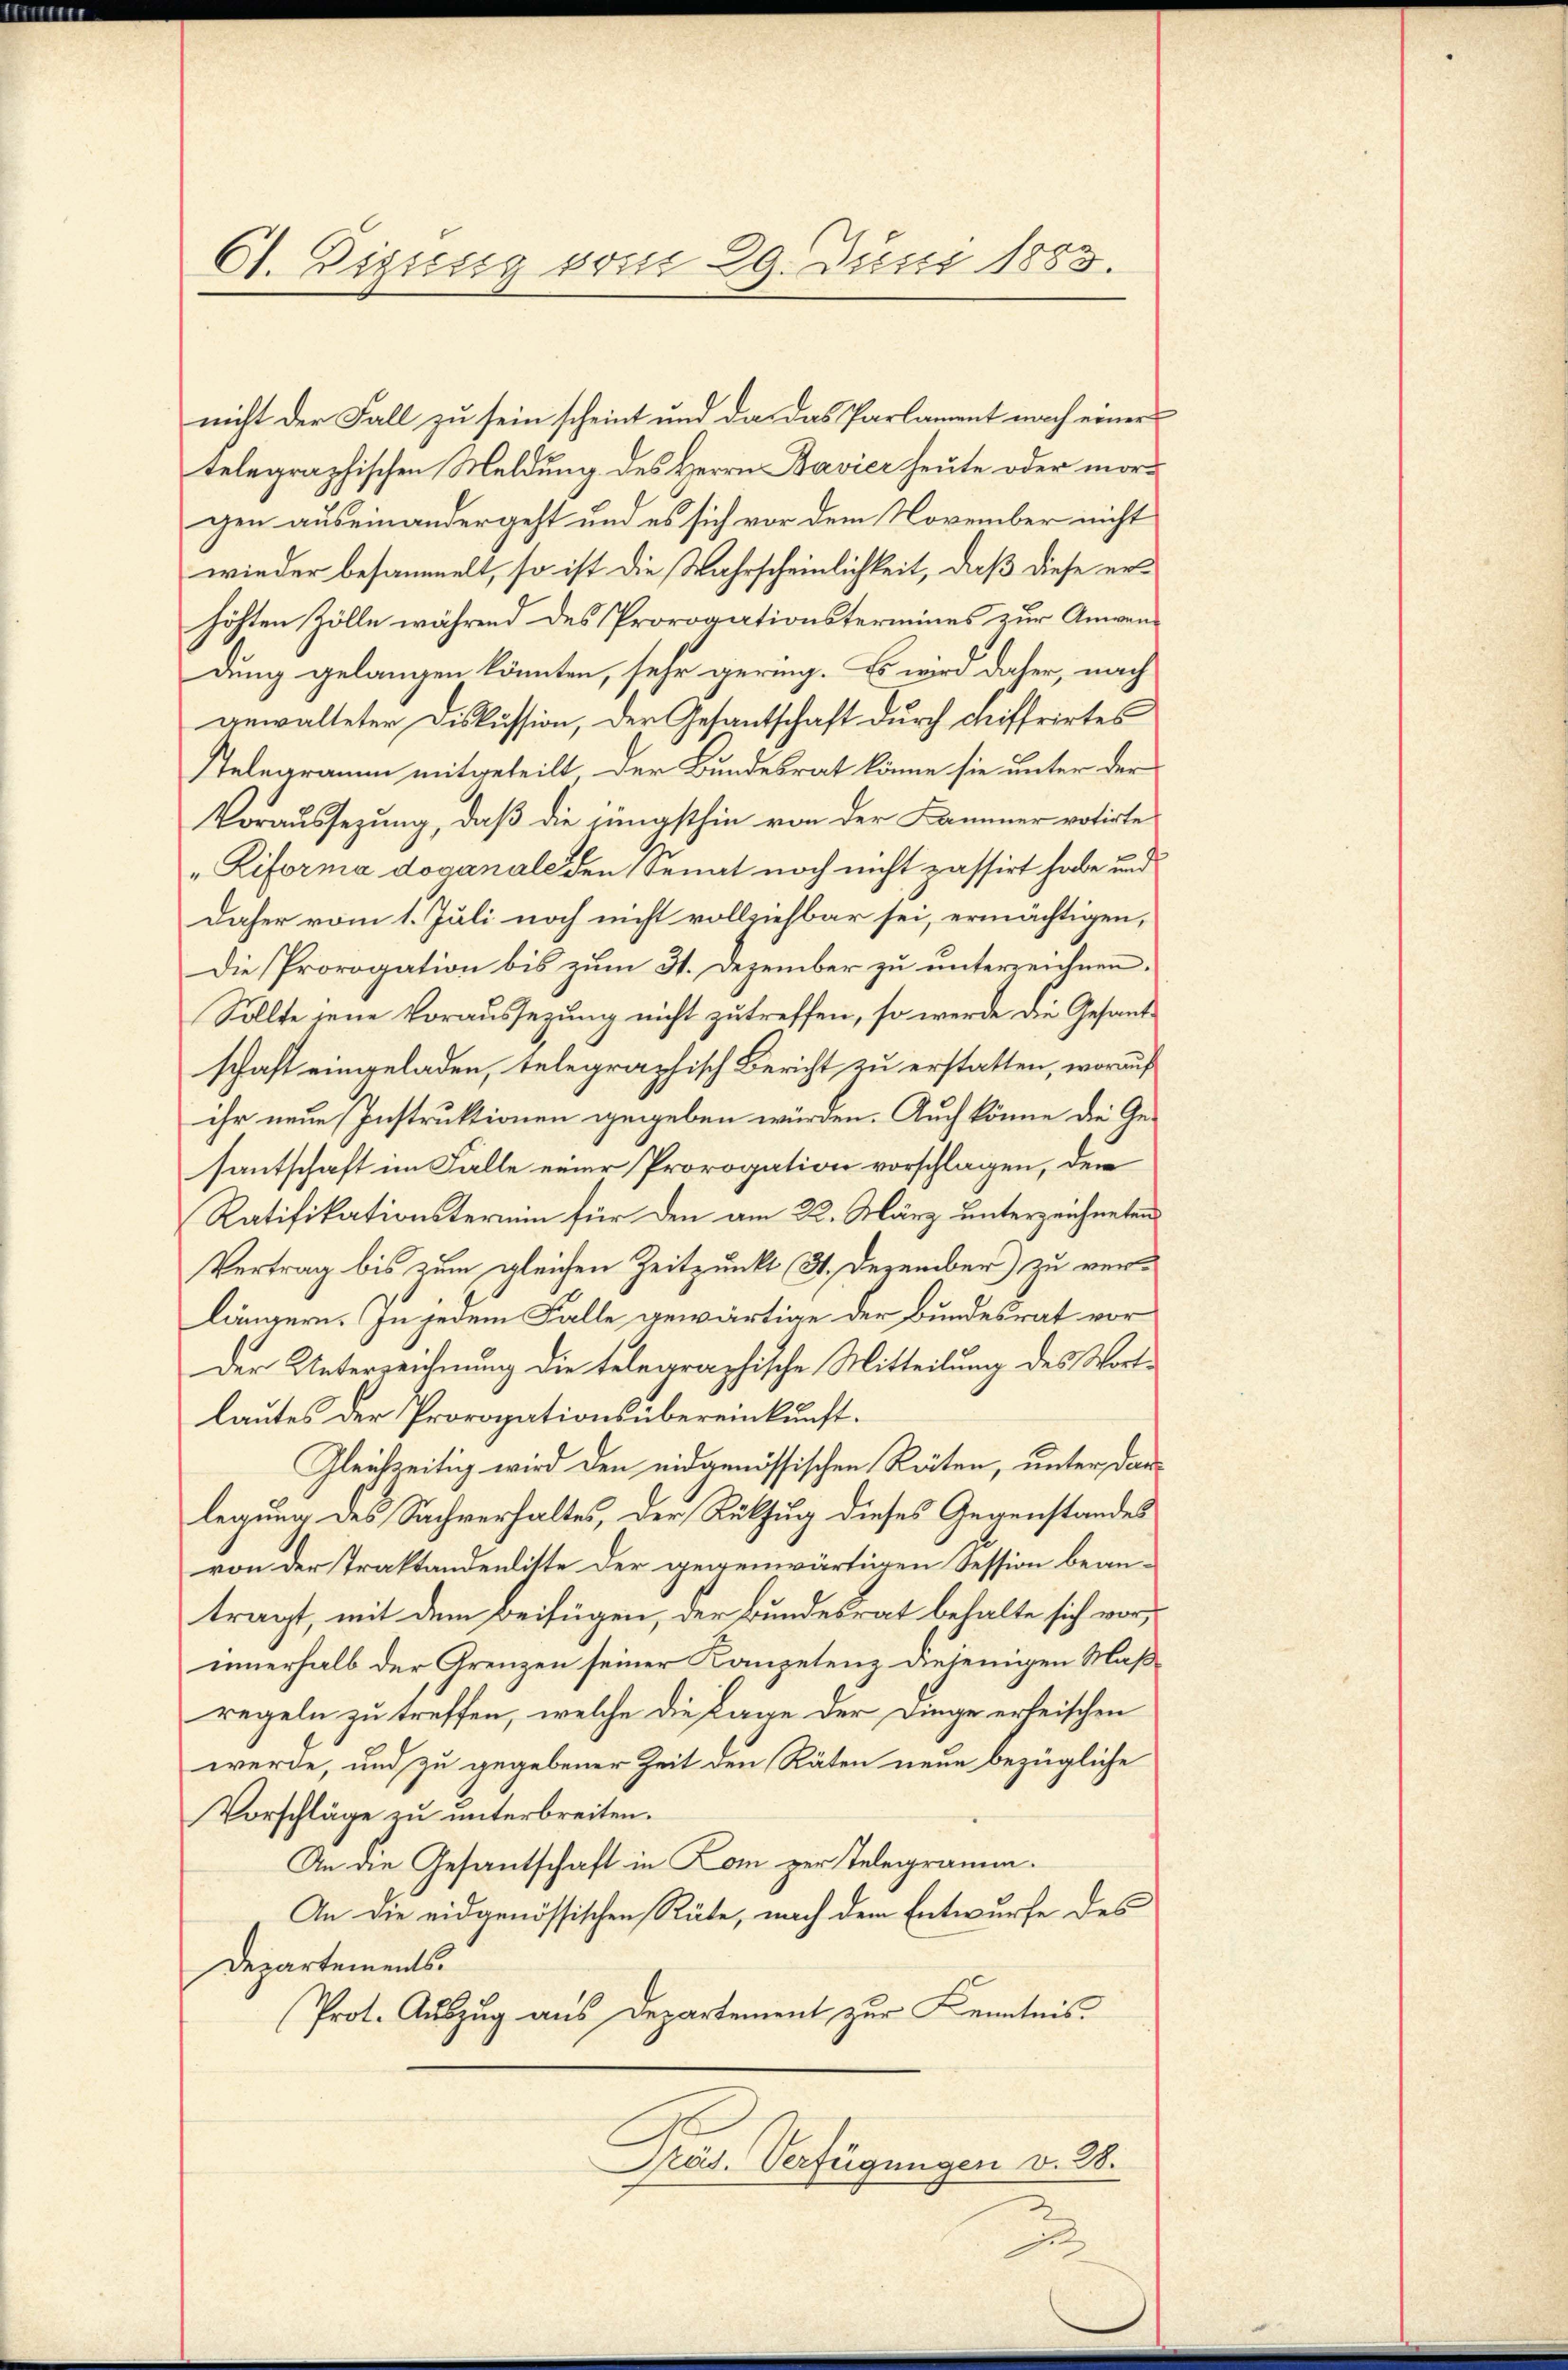
C1. Dissesig vom 29. Juni 1883.

nicht der Fall zu sein scheint und da das Parlament nach einer
telegraphischen Meldung des Herrn Bavier heute oder morgen auseinandergeht und es sich vor dem November nicht
wieder besammelt, so ist die Wahrscheinlichkeit, daß diese erhöhten Zölle während des Prorogationstermines zur Anwendung gelangen könnten, sehr gering. Es wird daher, nach
anwalteter Diskussion, der Gesantschaft durch Aiffrirtes
sTelegramm mitgeteilt der Bundesrat könne sie unter der
Voraussezung, daß die jüngsthin von der Kammer votirte
„Riforma doganale den Senat noch nicht passirt habe und
Daher vom 1. Juli noch nicht vollziehbar sei, ermächtigen,
Die Prorogation bis zum 31. Dezember zu unterzeichnen.
Sollte jene Voraussezung nicht zutreffen, so werde die Gesandschaft eingeladen, telegraphisch Bericht zu erstatten, worauf
ihr neue Instruktionen gegeben würden. Auch könne die Gesantschaft im Falle einer Prorogation vorschlagen, dem
Ratifikationstermin für den am 22. März unterzeichneten
Vertrag bis zum gleichen Zeitpunkt (31. Dezember) zu verlängern. In jedem Falle gewärtige der Bundesrat vor
Der Unterzeichnung die telegraphische Mitteilung des Wortlautes der Prorogationsübereinkunft.
Gleichzeitig wird den eidgenössischen Räten, unter dan
legung des Sachverhaltes, der Rükzug dieses Gegenstandes
von der Traktandenlitte der gegenwärtigen Session beantragt, mit dem Beifügen, der Bundesrat behalte sich vorinnerhalb der Grenzen seiner Kompetenz diejenigen Maßregeln zu treffen, welche die Lage der Dinge erheischen
werde, und zu gegebener Zeit den Räten neue bezügliche
Vorschläge zu unterbreiten.
An die Gesantschaft in Lom zur Telegramm.
An die eidgenössischen Räte, nach dem Entwurfe des
Departements.
Prot. Auszug aus Departement zur Kenntnis
Präs. Verfügungen v. 28.

e